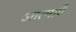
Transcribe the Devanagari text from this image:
आत्‍माएँ